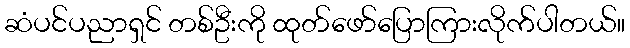
ဆံပင်ပညာရှင် တစ်ဦးကို ထုတ်ဖော်ပြောကြားလိုက်ပါတယ်။